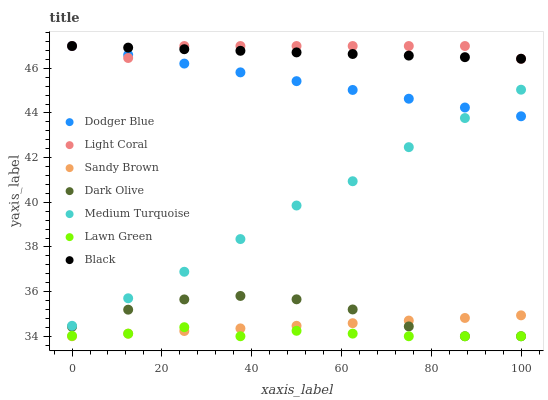
| xaxis_label | Dodger Blue | Light Coral | Sandy Brown | Dark Olive | Medium Turquoise | Lawn Green | Black |
 | --- | --- | --- | --- | --- | --- | --- | --- |
 | 0 | 47 | 47 | 34 | 34.4 | 34.5 | 34 | 47 |
 | 12.5 | 46.6 | 46.5 | 34.1 | 35.2 | 35.7 | 34.1 | 46.9 |
 | 25 | 46.2 | 47 | 34.2 | 35.7 | 36.9 | 34.4 | 46.9 |
 | 37.5 | 45.8 | 47 | 34.4 | 35.8 | 38.4 | 34 | 46.8 |
 | 50 | 45.4 | 47 | 34.5 | 35.7 | 39.9 | 34.2 | 46.7 |
 | 62.5 | 45 | 47 | 34.6 | 35.2 | 40.9 | 34.1 | 46.6 |
 | 75 | 44.6 | 47 | 34.7 | 34.4 | 42.5 | 34 | 46.6 |
 | 87.5 | 44.2 | 47 | 34.8 | 34 | 43.8 | 34 | 46.5 |
 | 100 | 43.9 | 46.4 | 34.9 | 34 | 45 | 34 | 46.4 |